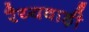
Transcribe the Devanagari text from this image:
रैय्यवाड़ी